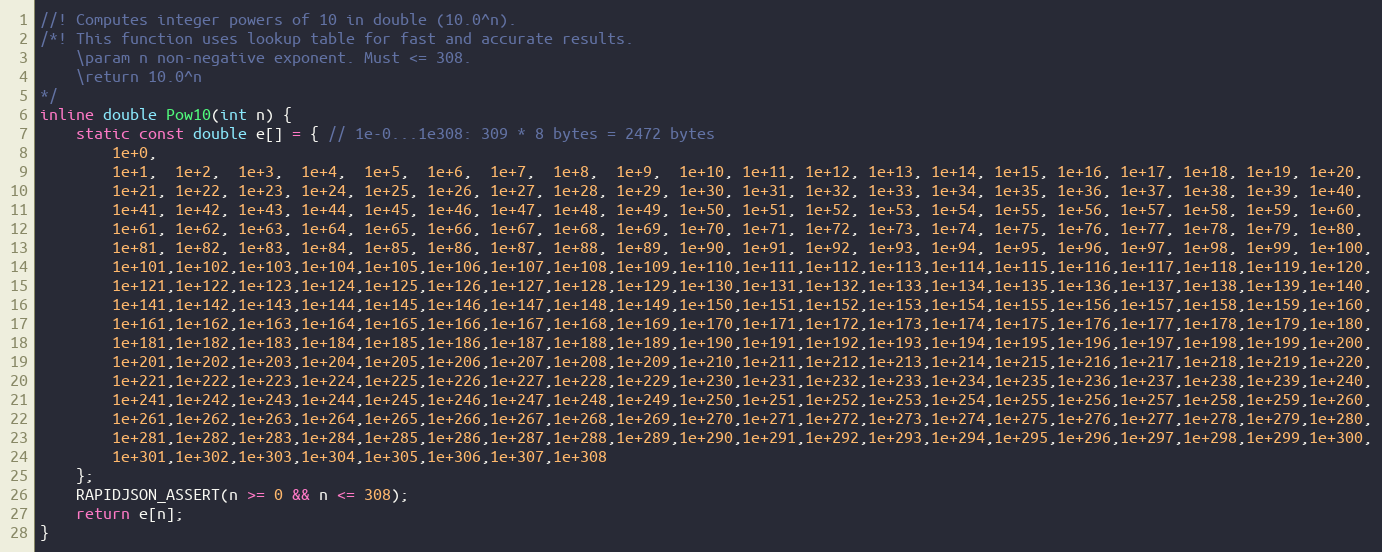
Language: C
//! Computes integer powers of 10 in double (10.0^n).
/*! This function uses lookup table for fast and accurate results.
    \param n non-negative exponent. Must <= 308.
    \return 10.0^n
*/
inline double Pow10(int n) {
    static const double e[] = { // 1e-0...1e308: 309 * 8 bytes = 2472 bytes
        1e+0,
        1e+1,  1e+2,  1e+3,  1e+4,  1e+5,  1e+6,  1e+7,  1e+8,  1e+9,  1e+10, 1e+11, 1e+12, 1e+13, 1e+14, 1e+15, 1e+16, 1e+17, 1e+18, 1e+19, 1e+20,
        1e+21, 1e+22, 1e+23, 1e+24, 1e+25, 1e+26, 1e+27, 1e+28, 1e+29, 1e+30, 1e+31, 1e+32, 1e+33, 1e+34, 1e+35, 1e+36, 1e+37, 1e+38, 1e+39, 1e+40,
        1e+41, 1e+42, 1e+43, 1e+44, 1e+45, 1e+46, 1e+47, 1e+48, 1e+49, 1e+50, 1e+51, 1e+52, 1e+53, 1e+54, 1e+55, 1e+56, 1e+57, 1e+58, 1e+59, 1e+60,
        1e+61, 1e+62, 1e+63, 1e+64, 1e+65, 1e+66, 1e+67, 1e+68, 1e+69, 1e+70, 1e+71, 1e+72, 1e+73, 1e+74, 1e+75, 1e+76, 1e+77, 1e+78, 1e+79, 1e+80,
        1e+81, 1e+82, 1e+83, 1e+84, 1e+85, 1e+86, 1e+87, 1e+88, 1e+89, 1e+90, 1e+91, 1e+92, 1e+93, 1e+94, 1e+95, 1e+96, 1e+97, 1e+98, 1e+99, 1e+100,
        1e+101,1e+102,1e+103,1e+104,1e+105,1e+106,1e+107,1e+108,1e+109,1e+110,1e+111,1e+112,1e+113,1e+114,1e+115,1e+116,1e+117,1e+118,1e+119,1e+120,
        1e+121,1e+122,1e+123,1e+124,1e+125,1e+126,1e+127,1e+128,1e+129,1e+130,1e+131,1e+132,1e+133,1e+134,1e+135,1e+136,1e+137,1e+138,1e+139,1e+140,
        1e+141,1e+142,1e+143,1e+144,1e+145,1e+146,1e+147,1e+148,1e+149,1e+150,1e+151,1e+152,1e+153,1e+154,1e+155,1e+156,1e+157,1e+158,1e+159,1e+160,
        1e+161,1e+162,1e+163,1e+164,1e+165,1e+166,1e+167,1e+168,1e+169,1e+170,1e+171,1e+172,1e+173,1e+174,1e+175,1e+176,1e+177,1e+178,1e+179,1e+180,
        1e+181,1e+182,1e+183,1e+184,1e+185,1e+186,1e+187,1e+188,1e+189,1e+190,1e+191,1e+192,1e+193,1e+194,1e+195,1e+196,1e+197,1e+198,1e+199,1e+200,
        1e+201,1e+202,1e+203,1e+204,1e+205,1e+206,1e+207,1e+208,1e+209,1e+210,1e+211,1e+212,1e+213,1e+214,1e+215,1e+216,1e+217,1e+218,1e+219,1e+220,
        1e+221,1e+222,1e+223,1e+224,1e+225,1e+226,1e+227,1e+228,1e+229,1e+230,1e+231,1e+232,1e+233,1e+234,1e+235,1e+236,1e+237,1e+238,1e+239,1e+240,
        1e+241,1e+242,1e+243,1e+244,1e+245,1e+246,1e+247,1e+248,1e+249,1e+250,1e+251,1e+252,1e+253,1e+254,1e+255,1e+256,1e+257,1e+258,1e+259,1e+260,
        1e+261,1e+262,1e+263,1e+264,1e+265,1e+266,1e+267,1e+268,1e+269,1e+270,1e+271,1e+272,1e+273,1e+274,1e+275,1e+276,1e+277,1e+278,1e+279,1e+280,
        1e+281,1e+282,1e+283,1e+284,1e+285,1e+286,1e+287,1e+288,1e+289,1e+290,1e+291,1e+292,1e+293,1e+294,1e+295,1e+296,1e+297,1e+298,1e+299,1e+300,
        1e+301,1e+302,1e+303,1e+304,1e+305,1e+306,1e+307,1e+308
    };
    RAPIDJSON_ASSERT(n >= 0 && n <= 308);
    return e[n];
}